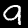
Label: 9